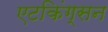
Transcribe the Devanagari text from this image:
एटकिंग्सन